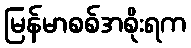
မြန်မာစစ်အစိုးရက